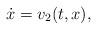
LaTeX: \begin{align*} \dot{x}=v_2(t, x), \end{align*}